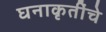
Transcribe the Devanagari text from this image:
घनाकृतींचे